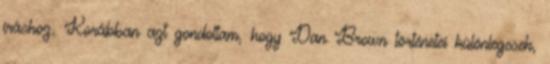
íráshoz. Korábban azt gondoltam, hogy Dan Brown történetei különlegesek,